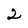
Character: 2